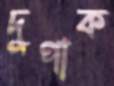
দুপাক